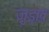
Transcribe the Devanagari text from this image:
जुड़ा़व